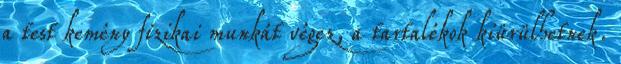
a test kemény fizikai munkát végez, a tartalékok kiürülhetnek.